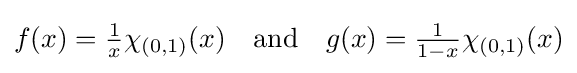
f(x)={\tfrac {1}{x}}\chi _{(0,1)}(x)\quad {\text{and}}\quad g(x)={\tfrac {1}{1-x}}\chi _{(0,1)}(x)